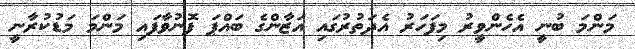
މަންމަ ބުނީ އެހެންވީރު މިފަހަރު އެދަތުރުގައި އަޒާންގެ ބައްޕަ ފޮނުވާފައި މަންމަ މަޑުކުރާނީ